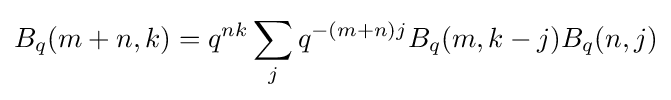
B_{q}(m+n,k)=q^{nk}\sum _{j}q^{-(m+n)j}B_{q}(m,k-j)B_{q}(n,j)